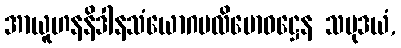
အာယူဟနနိဒါနသံယောဂပလိဗောဓဋ္ဌေန သမုဒယံ,